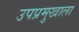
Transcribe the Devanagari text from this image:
उपप्रमुखाला